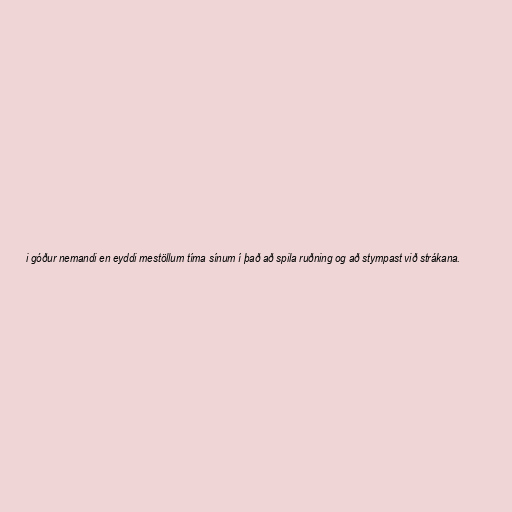
i góður nemandi en eyddi mestöllum tíma sínum í það að spila ruðning og að stympast við strákana.